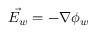
\vec { E _ { w } } = - \nabla \phi _ { w }